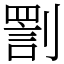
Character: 𠟟